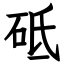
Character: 砥